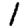
Digit: 1